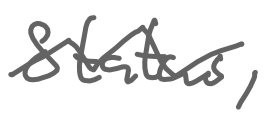
Text: Status,
Cross-out: zig-zag
Writing tool: digital_gray